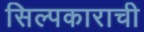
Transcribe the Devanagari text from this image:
सिल्पकाराची